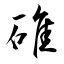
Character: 碓